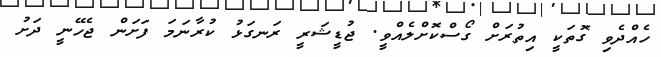
ހެއްދެވި ގޮތަކީ އިތުރަށް ގޯސްކޮށްލެއްވީ. ޖުޑީޝަރީ ރަނގަޅު ކުރާނަމަ ފަށަން ޖެހޭނީ ދަށު